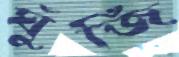
ঘুঁজি